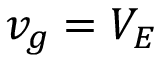
v _ { g } = V _ { E }